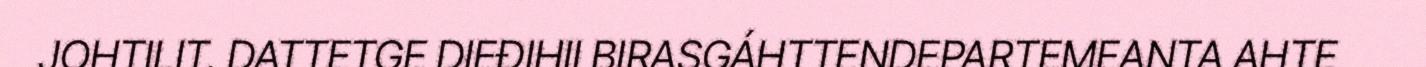
JOHTILIT. DATTETGE DIEĐIHII BIRASGÁHTTENDEPARTEMEANTA AHTE